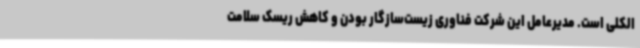
الکلی است. مدیرعامل این شرکت فناوری زیست‌سازگار بودن و کاهش ریسک سلامت